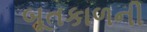
બૂતકાળની